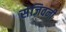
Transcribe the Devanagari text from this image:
संजिवनी